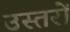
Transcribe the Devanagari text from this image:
उस्तरों